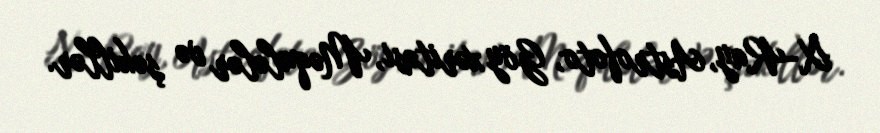
X-Ray, Astrofoto, Göy xəritəsi, Məqalələr və şəkillər.